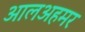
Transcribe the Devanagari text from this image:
आलअहमर